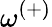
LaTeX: \omega^{(+)}